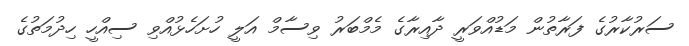
ސަރުކާރުގެ ފަރާތުން މަޑުއްވަރީ ދާއިރާގެ މެމްބަރު ވިސާމް އަލީ ހުށަހެޅުއްވި ސިއްހީ ހިދުމަތުގެ